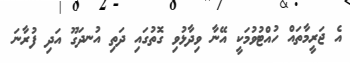
އެ ޖަރީމާތައް ހުއްޓުވުމަކީ އޭނާ ވިދާޅުވި ގޮތުގައި ދަތި އުނދަގޫ އަދި ފުރާނަ